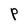
Character: P